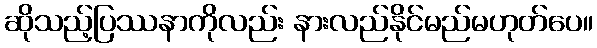
ဆိုသည့်ပြဿနာကိုလည်း နားလည်နိုင်မည်မဟုတ်ပေ။